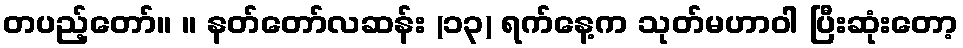
တပည့်တော်။ ။ နတ်တော်လဆန်း (၁၃) ရက်နေ့က သုတ်မဟာဝါ ပြီးဆုံးတော့